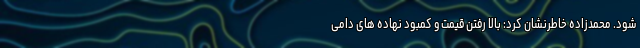
شود. محمدزاده خاطرنشان کرد: بالا رفتن قیمت و کمبود نهاده های دامی